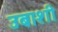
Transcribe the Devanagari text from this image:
उबाशी